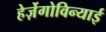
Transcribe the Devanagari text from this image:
हेर्ज़ेगोविन्याई